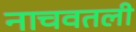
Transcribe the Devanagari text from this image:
नाचवतली